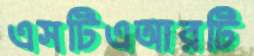
এসটিএআরটি